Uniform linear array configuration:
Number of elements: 48
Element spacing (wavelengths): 0.5
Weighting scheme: blackman
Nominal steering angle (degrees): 60
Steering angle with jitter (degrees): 60.042
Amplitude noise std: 0.05
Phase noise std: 0.05

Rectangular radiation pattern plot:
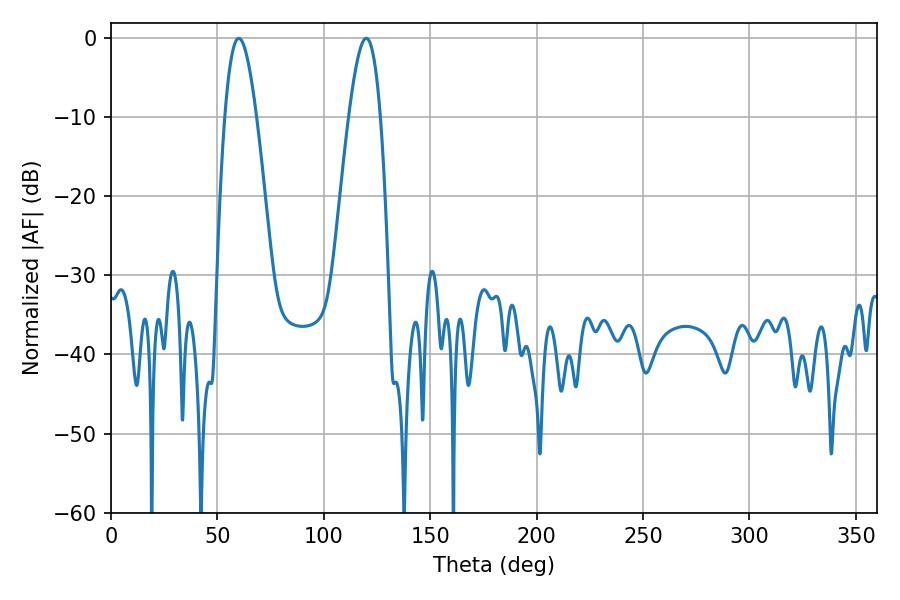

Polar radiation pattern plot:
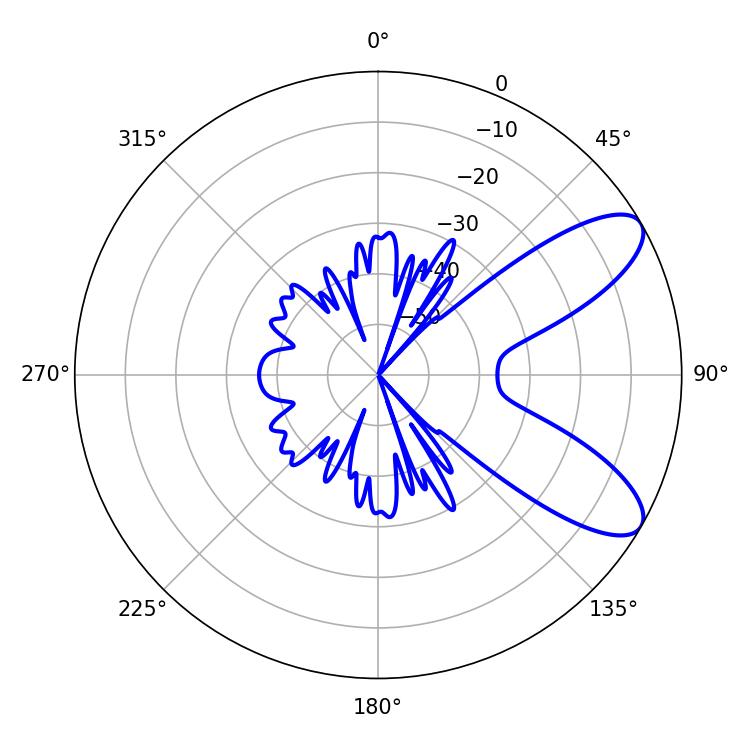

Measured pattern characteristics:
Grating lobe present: FALSE
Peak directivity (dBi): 8.76
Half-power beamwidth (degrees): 7.92
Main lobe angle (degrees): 60.12